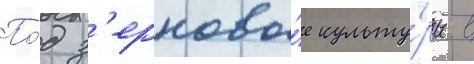
По́д з'ерновы́е культу́ры в